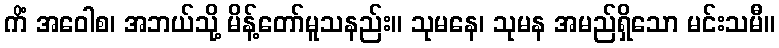
ကိံ အဝေါစ၊ အဘယ်သို့ မိန့်တော်မူသနည်း။ သုမနေ၊ သုမန အမည်ရှိသော မင်းသမီ။